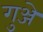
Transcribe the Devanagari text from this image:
गुञ्जे